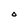
Character: o